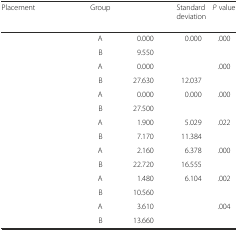
<table><thead><tr><td><b>Placement</b></td><td><b>Group</b></td><td>[EMPTY_CELL]</td><td><b>Standard deviation</b></td><td><b><i>P</i> value</b></td></tr></thead><tbody><tr><td>[EMPTY_CELL]</td><td>A</td><td>0.000</td><td>0.000</td><td>.000</td></tr><tr><td>[EMPTY_CELL]</td><td>B</td><td>9.550</td><td>[EMPTY_CELL]</td><td>[EMPTY_CELL]</td></tr><tr><td>[EMPTY_CELL]</td><td>A</td><td>0.000</td><td>[EMPTY_CELL]</td><td>.000</td></tr><tr><td>[EMPTY_CELL]</td><td>B</td><td>27.630</td><td>12.037</td><td>[EMPTY_CELL]</td></tr><tr><td>[EMPTY_CELL]</td><td>A</td><td>0.000</td><td>0.000</td><td>.000</td></tr><tr><td>[EMPTY_CELL]</td><td>B</td><td>27.500</td><td>[EMPTY_CELL]</td><td>[EMPTY_CELL]</td></tr><tr><td>[EMPTY_CELL]</td><td>A</td><td>1.900</td><td>5.029</td><td>.022</td></tr><tr><td>[EMPTY_CELL]</td><td>B</td><td>7.170</td><td>11.384</td><td>[EMPTY_CELL]</td></tr><tr><td>[EMPTY_CELL]</td><td>A</td><td>2.160</td><td>6.378</td><td>.000</td></tr><tr><td>[EMPTY_CELL]</td><td>B</td><td>22.720</td><td>16.555</td><td>[EMPTY_CELL]</td></tr><tr><td>[EMPTY_CELL]</td><td>A</td><td>1.480</td><td>6.104</td><td>.002</td></tr><tr><td>[EMPTY_CELL]</td><td>B</td><td>10.560</td><td>[EMPTY_CELL]</td><td>[EMPTY_CELL]</td></tr><tr><td>[EMPTY_CELL]</td><td>A</td><td>3.610</td><td>[EMPTY_CELL]</td><td>.004</td></tr><tr><td>[EMPTY_CELL]</td><td>B</td><td>13.660</td><td>[EMPTY_CELL]</td><td>[EMPTY_CELL]</td></tr></tbody></table>